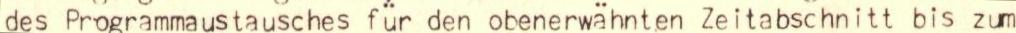
des Programmaustausches für den obenerwähnten Zeitabschnitt bis zum